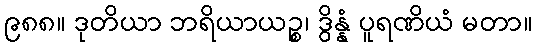
၉၈၈။ ဒုတိယာ ဘရိယာယဉ္စ၊ ဒွိန္နံ ပူရဏိယံ မတာ။